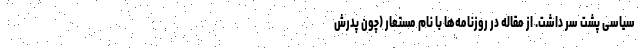
سیاسی پشت سر داشت. از مقاله در روزنامه‌ها با نام مستعار (چون پدرش